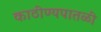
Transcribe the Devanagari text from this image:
काठीण्यपातळी